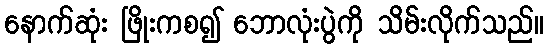
နောက်ဆုံး ဖြိုးကစ၍ ဘောလုံးပွဲကို သိမ်းလိုက်သည်။